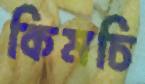
কিমচি